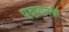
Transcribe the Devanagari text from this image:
पदावनती